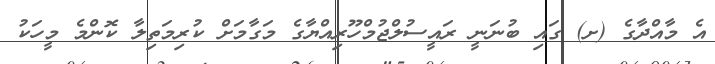
އެ މާއްދާގެ (ށ) ގައި ބުނަނީ ރައީސުލްޖުމްހޫރިއްޔާގެ މަގާމަށް ކުރިމަތިލާ ކޮންމެ މީހަކު